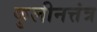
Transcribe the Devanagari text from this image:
कुलीनत्तंत्र